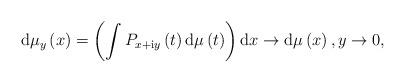
LaTeX: \begin{align*}\mathrm{d}\mu_{y}\left( x\right) =\left( \int P_{x+\mathrm{i}y}\left(t\right) \mathrm{d}\mu\left( t\right) \right) \mathrm{d}x\rightarrow\mathrm{d}\mu\left( x\right) ,y\rightarrow0, \end{align*}